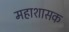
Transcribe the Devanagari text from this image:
महाशासक